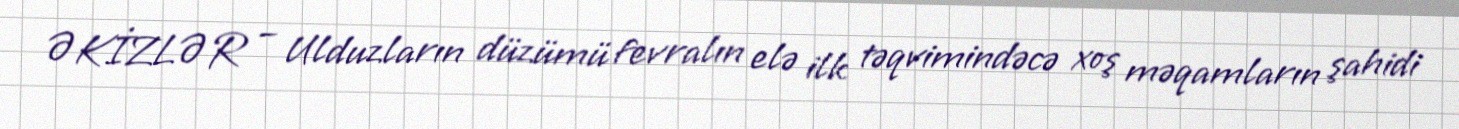
ƏKİZLƏR – Ulduzların düzümü fevralın elə ilk təqvimindəcə xoş məqamların şahidi